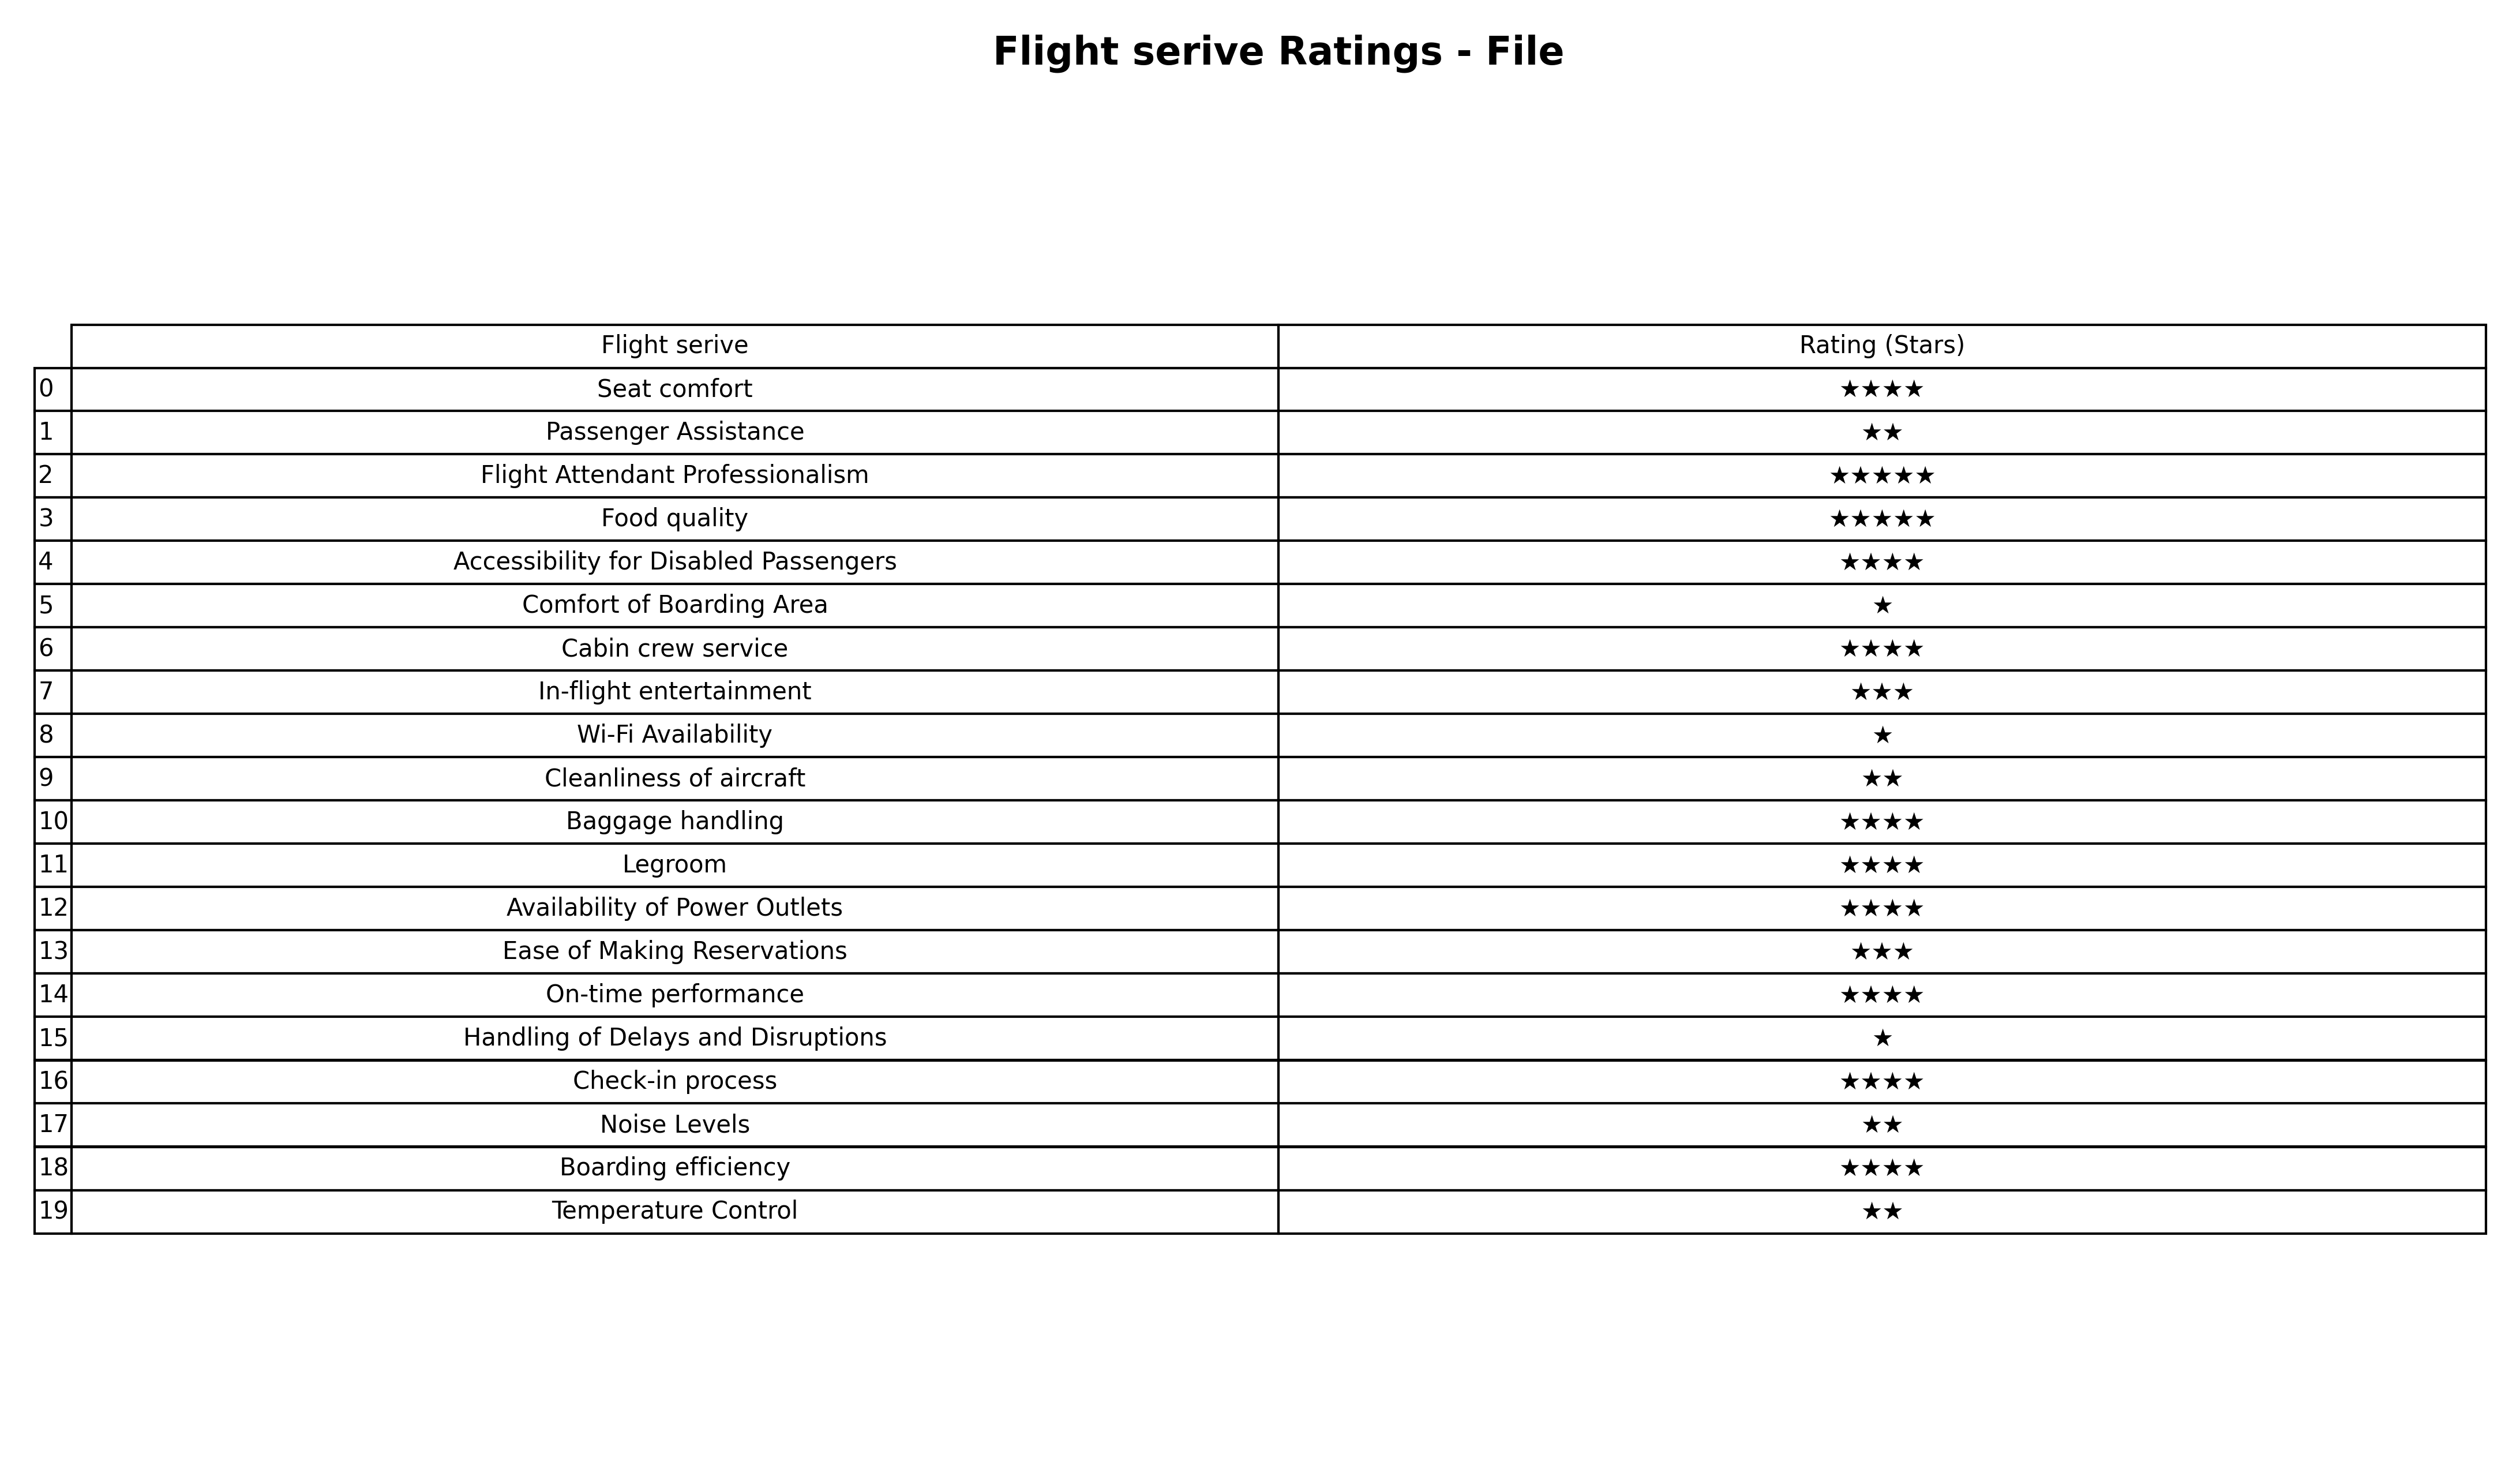
question: What are two star services?
answer: Passenger AssistanceCleanliness of aircraftNoise LevelsTemperature Control